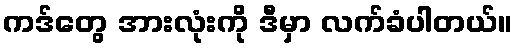
ကဒ်တွေ အားလုံးကို ဒီမှာ လက်ခံပါတယ်။